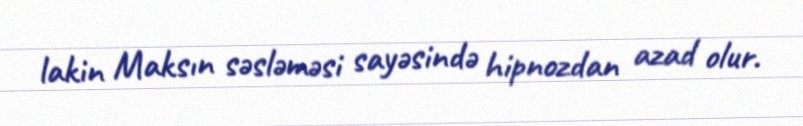
lakin Maksın səsləməsi sayəsində hipnozdan azad olur.